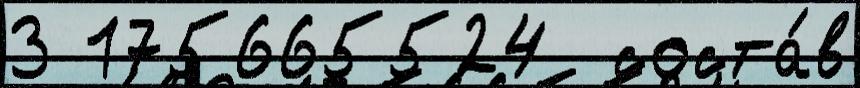
3 175665524  соста́в